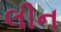
લીન